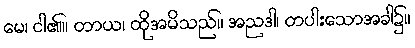
မေ၊ ငါ၏။ တာယ၊ ထိုအမိသည်။ အညဒါ၊ တပါးသောအခါ၌။